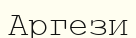
Аргези